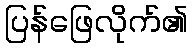
ပြန်ဖြေလိုက်၏